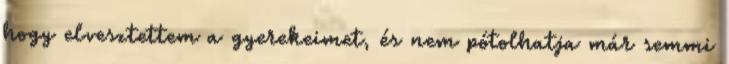
hogy elvesztettem a gyerekeimet, és nem pótolhatja már semmi